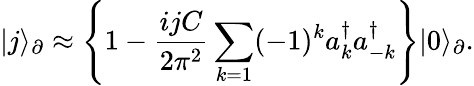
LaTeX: |j\rangle_{\partial}\approx\left\lbrace 1-\frac{ijC}{2\pi^{2}}\sum_{k=1}(-1)^{k}a_{k}^{\dagger}a_{-k}^{\dagger}\right\rbrace|0\rangle_{\partial}.